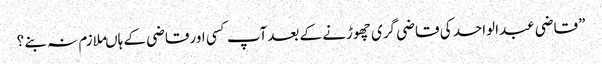
”قاضی عبدالواحد کی قاضی گری چھوڑنے کے بعدآپ کسی اورقاضی کے ہاںملازم نہ بنے ؟